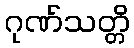
ဂုဏ်သတ္တိ